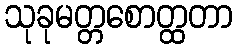
သုခုမတ္တစောတ္ထတာ